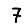
Digit: 7